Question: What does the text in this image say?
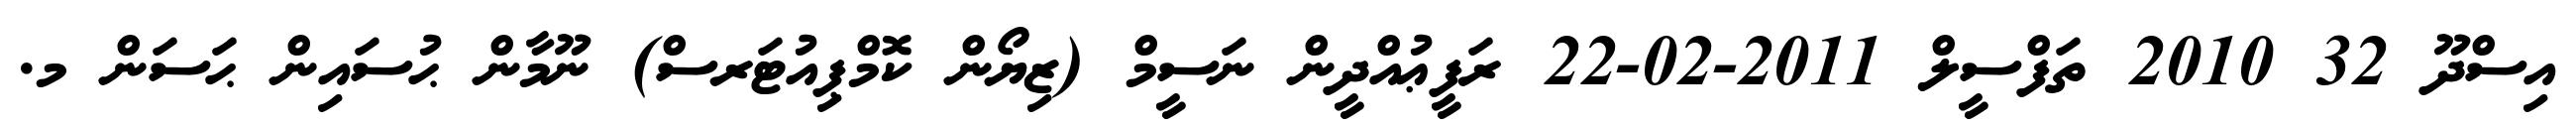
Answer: އިސްދޫ 32 2010 ތަފްސީލް 2011-02-22 ރަފީޢުއްދީން ނަސީމް (ޒިޔޯން ކޮމްޕިއުޓަރސް) ނޫމާން ޙުސައިން ޙަސަން މ.